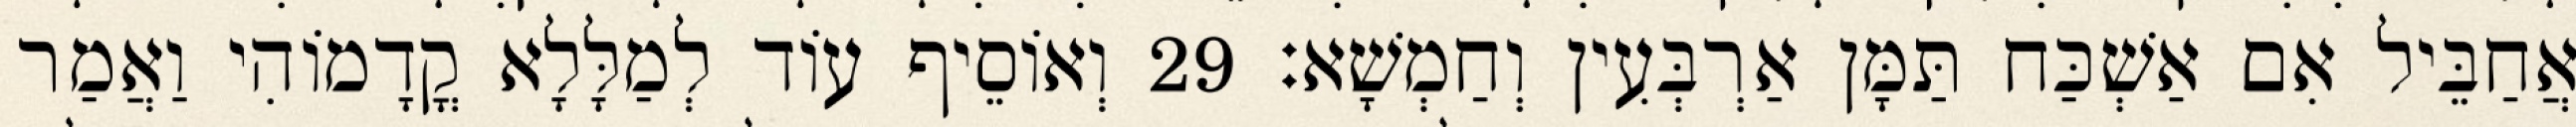
אֲחַבֵּיל אִם אַשְׁכַּח תַּמָּן אַרְבְּעִין וְחַמְשָׁא׃ 29 וְאוֹסֵיף עוֹד לְמַלָּלָא קֳדָמוֹהִי וַאֲמַר